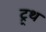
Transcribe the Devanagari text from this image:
ट्र्थ